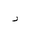
Letter: _dal